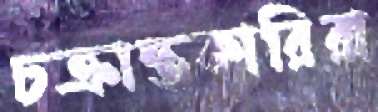
চক্রান্তকারিরা